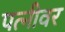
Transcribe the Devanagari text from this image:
पत्‍नीवर